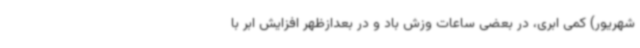
شهریور) کمی ابری، در بعضی ساعات وزش باد و در بعدازظهر افزایش ابر با